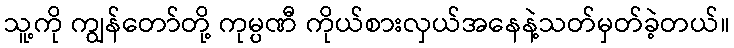
သူ့ကို ကျွန်တော်တို့ ကုမ္ပဏီ ကိုယ်စားလှယ်အနေနဲ့သတ်မှတ်ခဲ့တယ်။